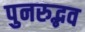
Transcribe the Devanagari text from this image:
पुनरुद्भव